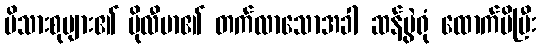
မိသားစုများ၏ ပိုလီမာ၏ တက်လာသောအခါ ဆန်ပွဲရုံ ထောက်မိပြီး